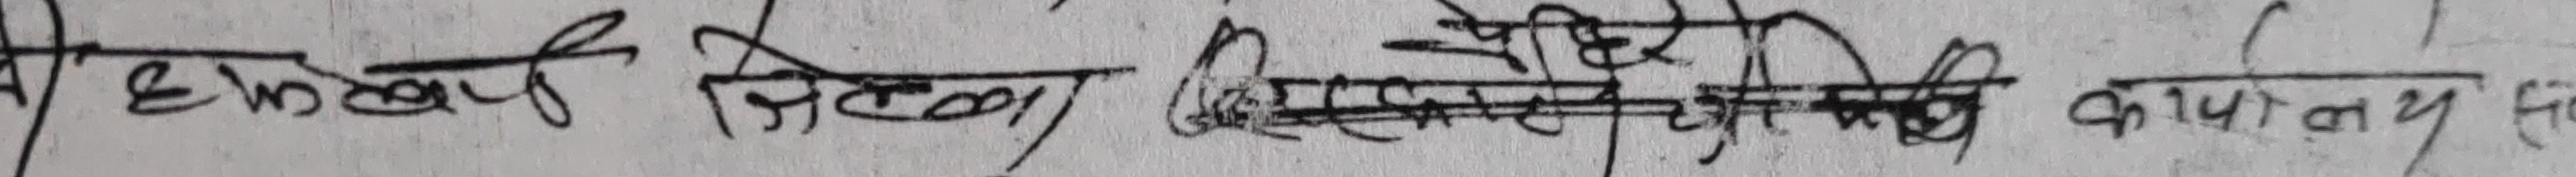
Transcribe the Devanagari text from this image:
धुलखेप जिल्ला विकास समिति कार्यलय सि